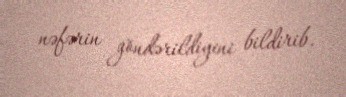
nəfərin göndərildiyini bildirib.